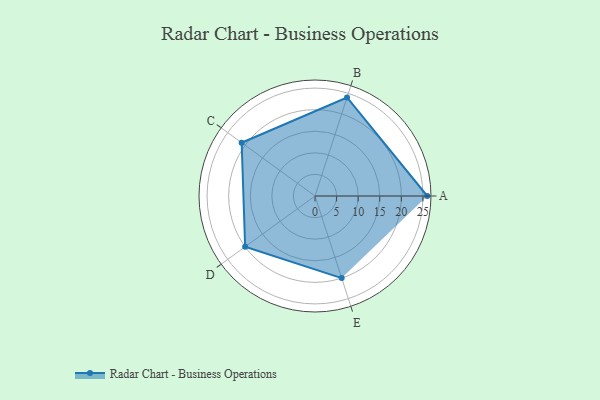
{"axis": {"x": "Skill", "y": "Score"}, "legend": ["Profile"], "data": [{"x": "A", "y": 26.0, "type": "Profile"}, {"x": "B", "y": 24.0, "type": "Profile"}, {"x": "C", "y": 21.0, "type": "Profile"}, {"x": "D", "y": 20.0, "type": "Profile"}, {"x": "E", "y": 20, "type": "Profile"}]}